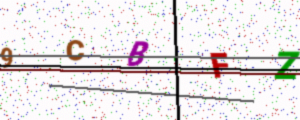
Text: 9CBFZ